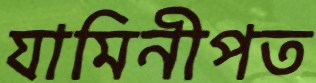
যামিনীপত